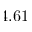
4 . 6 1